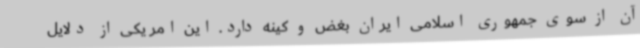
آن از سوی جمهوری اسلامی ایران بغض و کینه دارد. این امر یکی از دلایل